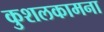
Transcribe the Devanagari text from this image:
कुशलकामना